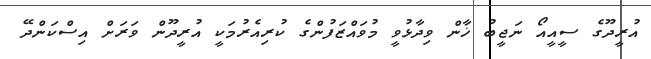
އުރީދޫގެ ސީއީއޯ ނަޖީބު ޚާން ވިދާޅުވީ މުވައްޒަފުންގެ ކުރިއެރުމަކީ އުރީދޫން ވަރަށް އިސްކަންދޭ